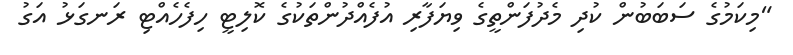
"މިކަމުގެ ސަބަބުން ކުދި މެދުފަންތީގެ ވިޔަފާރި އުފެއްދުންތަކުގެ ކޮލިޓީ ހިފެހެއްޓި ރަނގަޅު އަގު